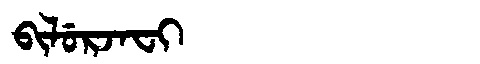
Manchu: ᠪᡳᠯᡠᡵᠵᠠᠸᡳ
Romanization: BILURJAFI